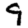
Digit: 9